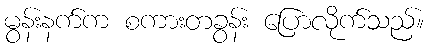
မွန်းနက်က စကားတခွန်း ပြောလိုက်သည်။